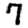
Digit: 7